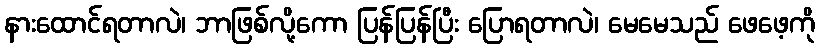
နားထောင်ရတာလဲ၊ ဘာဖြစ်လို့ကော ပြန်ပြန်ပြီး ပြောရတာလဲ၊ မေမေသည် ဖေဖေ့ကို